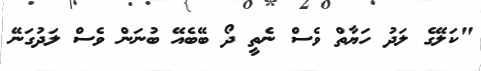
"ކަލޭގެ ލަދު ހަޔާތް ވެސް ނެތީ ދޯ ބޭބެއޭ ބުނަން ވެސް ލަދުގަނޭ